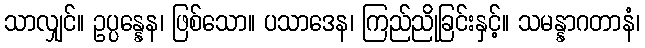
သာလျှင်။ ဥပ္ပန္နေန၊ ဖြစ်သော။ ပသာဒေန၊ ကြည်ညိုခြင်းနှင့်။ သမန္နာဂတာနံ၊